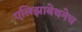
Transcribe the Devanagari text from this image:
एलिझाबेथनेच